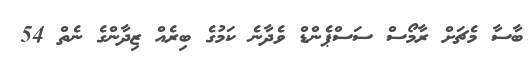
ބާސާ މެޗަށް ރާމޯސް ސަސްޕެންޑް ވެދާނެ ކަމުގެ ބިރެއް ޒިދާންގެ ނެތް 54